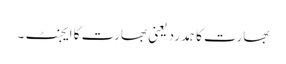
بھارت کا ہمدرد یعنی بھارت کا ایجنٹ ۔